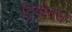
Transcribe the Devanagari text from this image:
ट्रिगोनस